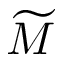
\widetilde { M }